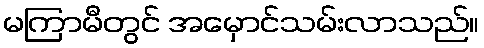
မကြာမီတွင် အမှောင်သမ်းလာသည်။